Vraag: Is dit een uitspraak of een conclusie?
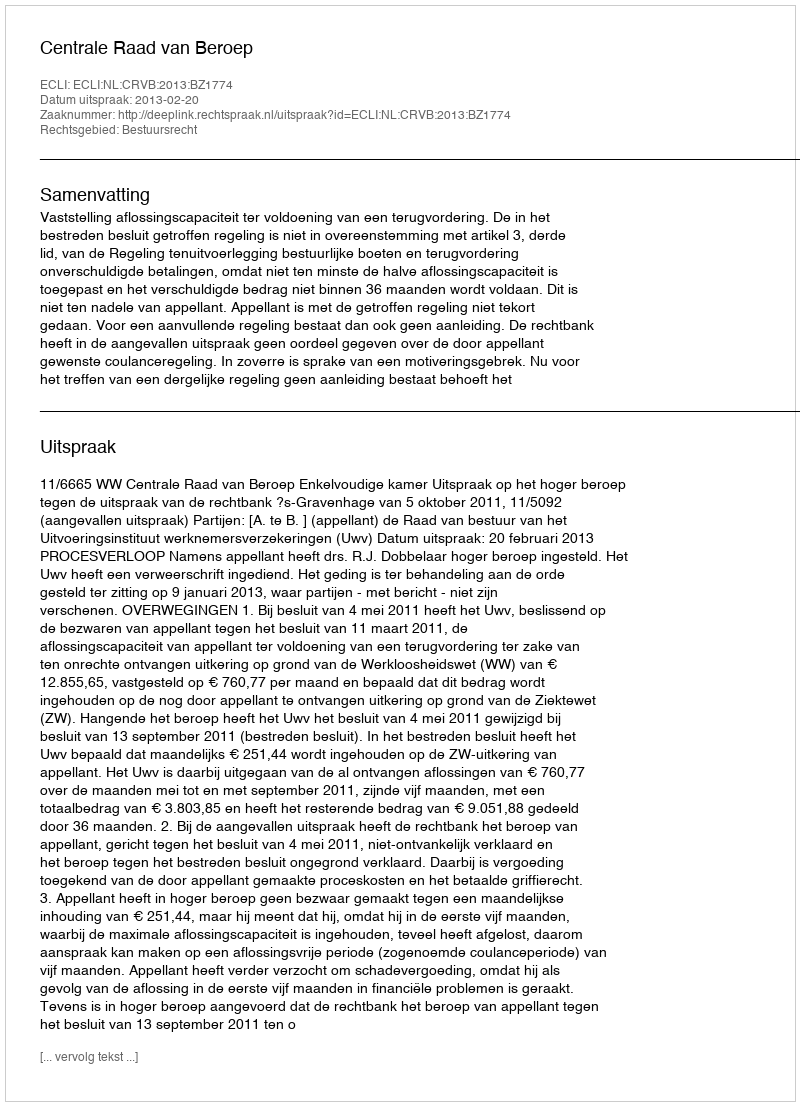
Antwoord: Uitspraak